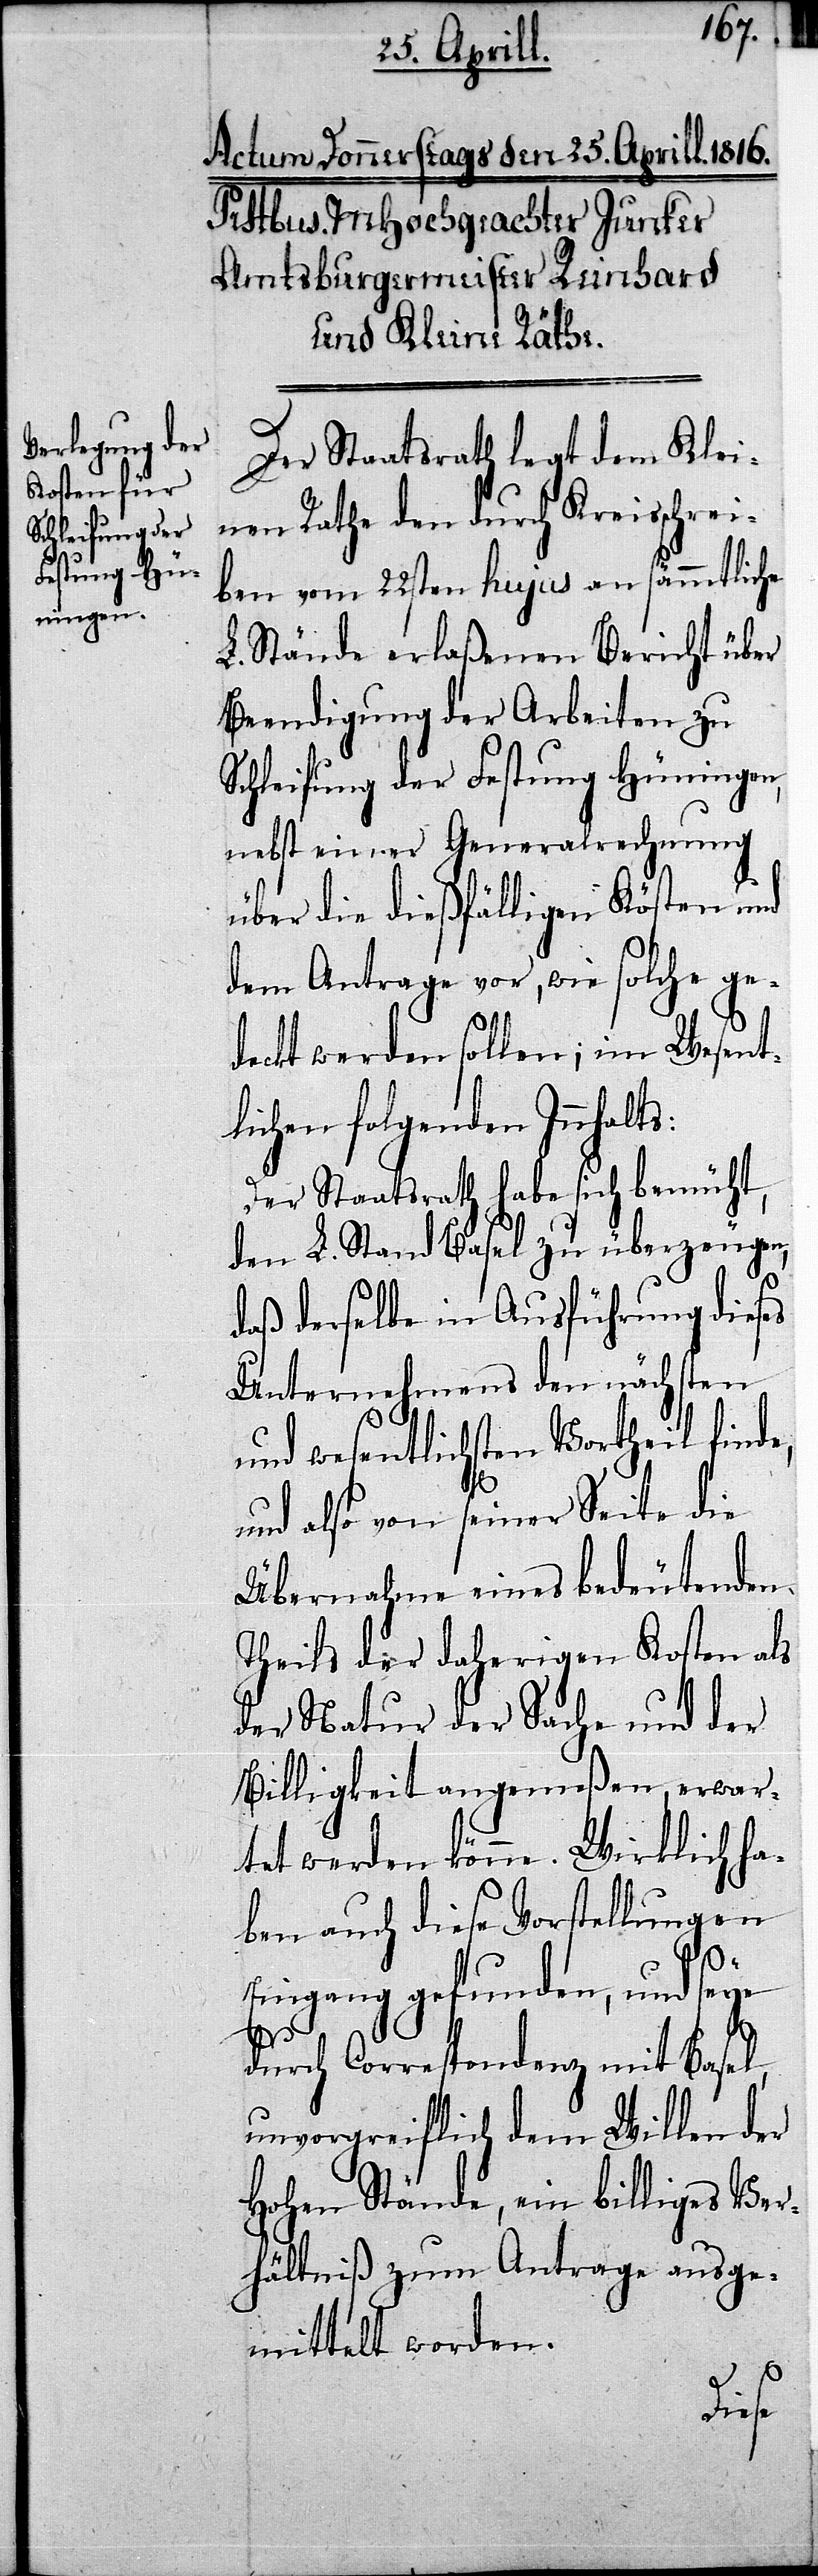
Der Staatsrath legt dem Klei¬
nen Rathe den durch Kreisschrei¬
ben vom 22sten hujus an sämmtliche
L. Stände erlaßenen Bericht über
Beendigung der Arbeiten zu
Schleifung der Festung Hüningen,
nebst einer Generalrechnung
über die dießfälligen Kosten und
dem Antrage vor, wie solche ge¬
deckt werden sollen; im Wesent¬
lichen folgenden Innhalts:
Der Staatsrath habe sich bemüht,
den L. Stand Basel zu überzeugen,
daß derselbe in Ausführung dieses
Unternehmens den nächsten
und wesentlichsten Vortheil finde,
und also von seiner Seite die
Übernahme eines bedeutenden
Theils der daherigen Kosten als
der Natur der Sache und der
Billigkeit angemeßen, erwar¬
tet werde könne. Wirklich ha¬
ben auch diese Vorstellungen
Eingang gefunden, und seye
durch Correspondenz mit Basel,
unvorgreiflich dem Willen der
Hohen Stände, ein billiges Ver¬
hältniß zum Antrage ausge¬
mittelt worden.